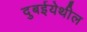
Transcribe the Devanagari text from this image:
दुबईयेथील